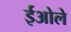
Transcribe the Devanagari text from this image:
ईओले